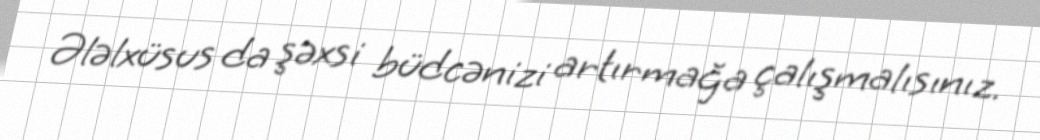
Ələlxüsus da şəxsi büdcənizi artırmağa çalışmalısınız.